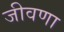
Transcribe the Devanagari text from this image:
जीवणा